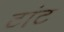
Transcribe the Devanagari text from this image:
टांट